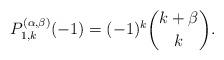
LaTeX: \begin{align*} P^{(\alpha,\beta)}_{1,k}(-1)=(-1)^k\binom{k+\beta}{k}.\end{align*}